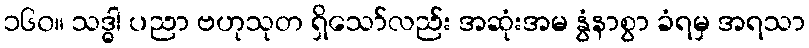
၁၆၀။ သဒ္ဓါ ပညာ ဗဟုသုတ ရှိသော်လည်း အဆုံးအမ နွံနာစွာ ခံရမှ အရသာ